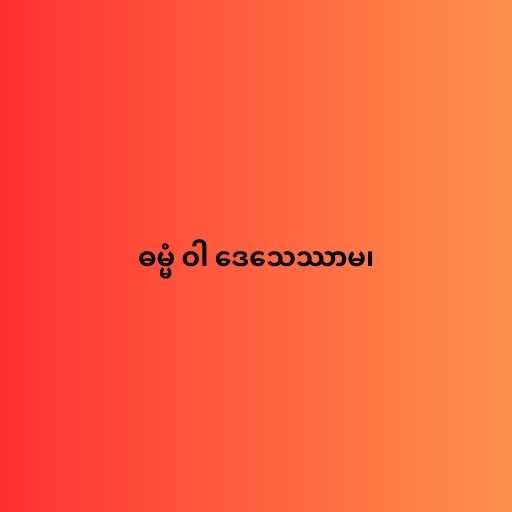
ဓမ္မံ ဝါ ဒေသေဿာမ၊